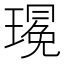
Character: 𪼚